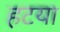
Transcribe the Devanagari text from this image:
हटया